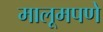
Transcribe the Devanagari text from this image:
मालूमपणे